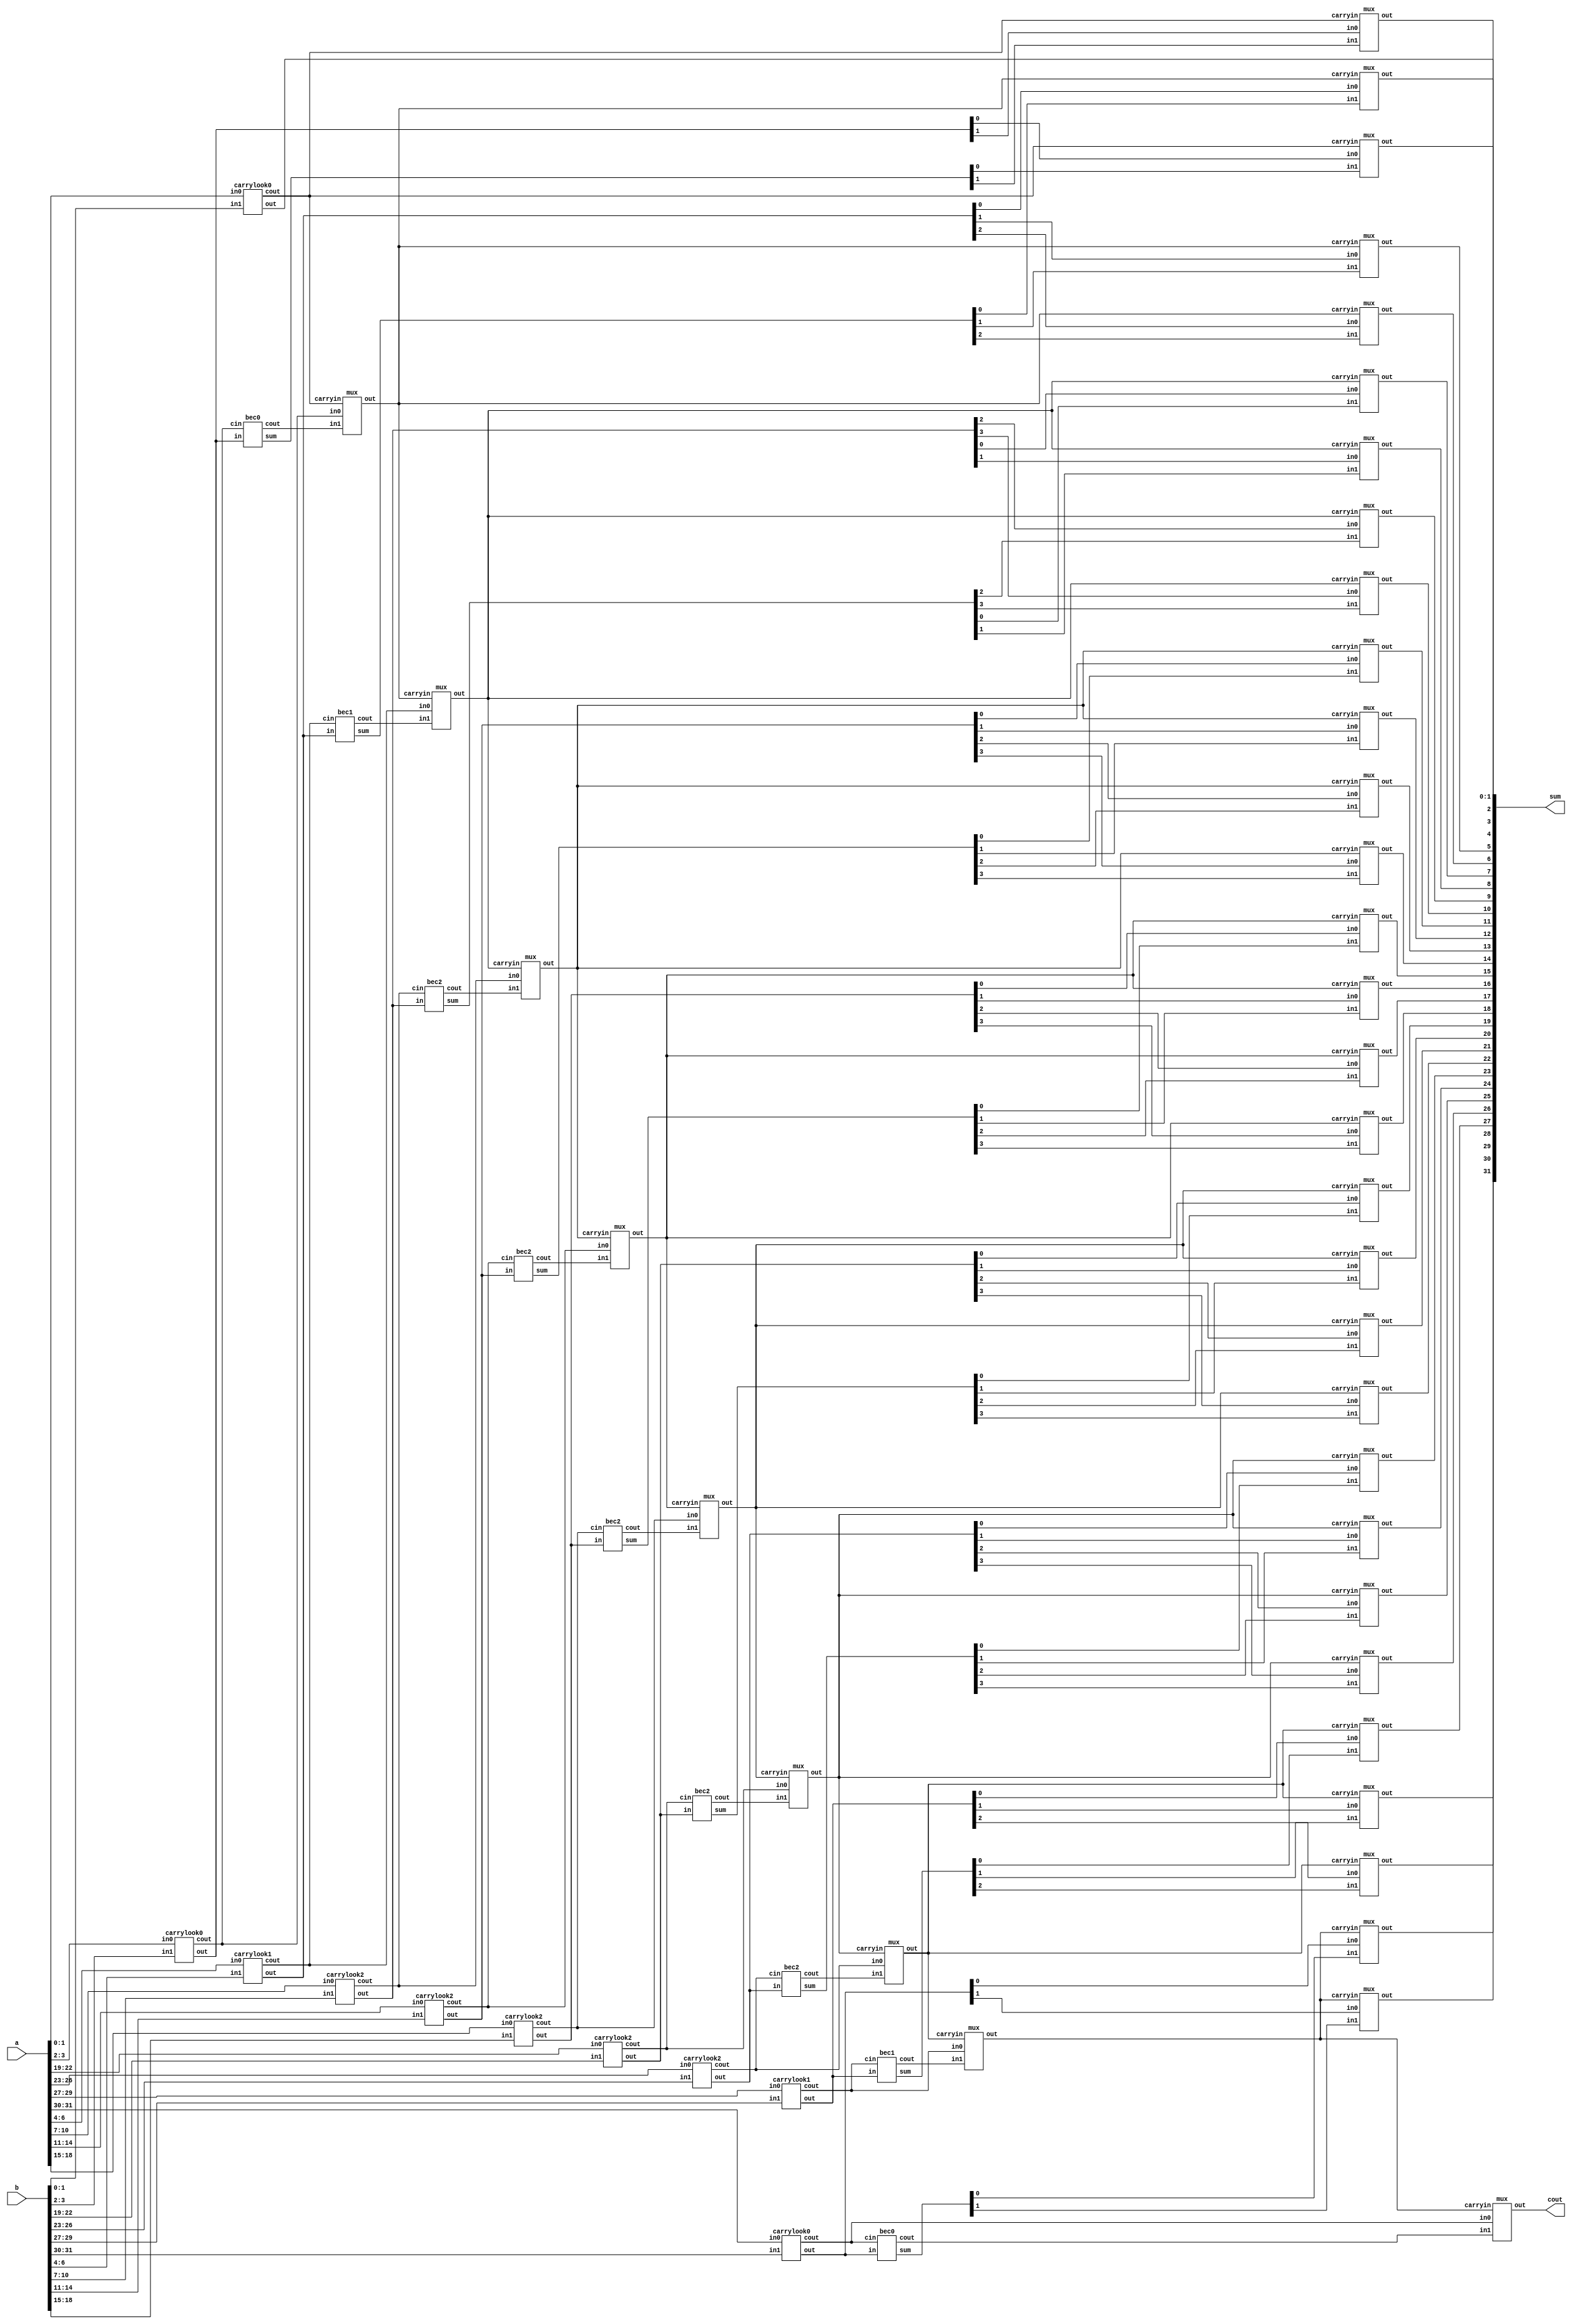

module bitmodifiedcarrylookgatelevel(a,b,sum,cout);
    input [31:0]a;
    input [31:0]b;
    output [31:0]sum;
    output cout;
    wire [9:0]c1;
	wire [9:0]c0;
	wire cin;
	wire [8:0]c;
	wire [31:0]sum0;
	wire [31:0]sum1;
    carrylook0 ra0(a[1:0],b[1:0],sum[1:0],cin);
    carrylook0 ra1(a[3:2],b[3:2],sum0[3:2],c0[0]);
    bec0 ra2(sum0[3:2],c0[0],sum1[3:2],c1[0]);
    mux m1(sum0[2],sum1[2],cin,sum[2]);
	mux m2(sum0[3],sum1[3],cin,sum[3]);
	mux m3(c0[0],c1[0],cin,c[0]);
    carrylook1 ra3(a[6:4],b[6:4],sum0[6:4],c0[1]);
    bec1 ra4(sum0[6:4],c0[1],sum1[6:4],c1[1]);
	mux m4(sum0[4],sum1[4],c[0],sum[4]);
	mux m5(sum0[5],sum1[5],c[0],sum[5]);
	mux m6(sum0[6],sum1[6],c[0],sum[6]);
	mux m7(c0[1],c1[1],c[0],c[1]);
    carrylook2 ra5(a[10:7],b[10:7],sum0[10:7],c0[2]);
    bec2 ra6(sum0[10:7],c0[2],sum1[10:7],c1[2]);
	mux m8(sum0[7],sum1[7],c[1],sum[7]);
	mux m9(sum0[8],sum1[8],c[1],sum[8]);
	mux m10(sum0[9],sum1[9],c[1],sum[9]);
	mux m11(sum0[10],sum1[10],c[1],sum[10]);
	mux m12(c0[2],c1[2],c[1],c[2]);
    carrylook2 ra7(a[14:11],b[14:11],sum0[14:11],c0[3]);
    bec2 ra8(sum0[14:11],c0[3],sum1[14:11],c1[3]);
	mux m13(sum0[11],sum1[11],c[2],sum[11]);
	mux m14(sum0[12],sum1[12],c[2],sum[12]);
	mux m15(sum0[13],sum1[13],c[2],sum[13]);
	mux m16(sum0[14],sum1[14],c[2],sum[14]);
	mux m17(c0[3],c1[3],c[2],c[3]);
    carrylook2 ra9(a[18:15],b[18:15],sum0[18:15],c0[4]);
    bec2 ra10(sum0[18:15],c0[4],sum1[18:15],c1[4]);
	mux m18(sum0[15],sum1[15],c[3],sum[15]);
	mux m19(sum0[16],sum1[16],c[3],sum[16]);
	mux m20(sum0[17],sum1[17],c[3],sum[17]);
	mux m21(sum0[18],sum1[18],c[3],sum[18]);
	mux m22(c0[4],c1[4],c[3],c[4]);
    carrylook2 ra13(a[22:19],b[22:19],sum0[22:19],c0[5]);
    bec2 ra14(sum0[22:19],c0[5],sum1[22:19],c1[5]);
	mux m23(sum0[19],sum1[19],c[4],sum[19]);
	mux m24(sum0[20],sum1[20],c[4],sum[20]);
	mux m25(sum0[21],sum1[21],c[4],sum[21]);
	mux m26(sum0[22],sum1[22],c[4],sum[22]);
	mux m27(c0[5],c1[5],c[4],c[5]);
    carrylook2 ra17(a[26:23],b[26:23],sum0[26:23],c0[6]);
    bec2 ra18(sum0[26:23],c0[6],sum1[26:23],c1[6]);
	mux m28(sum0[23],sum1[23],c[5],sum[23]);
	mux m29(sum0[24],sum1[24],c[5],sum[24]);
	mux m30(sum0[25],sum1[25],c[5],sum[25]);
	mux m31(sum0[26],sum1[26],c[5],sum[26]);
	mux m32(c0[6],c1[6],c[5],c[6]);
    carrylook1 ra19(a[29:27],b[29:27],sum0[29:27],c0[7]);
    bec1 ra20(sum0[29:27],c0[7],sum1[29:27],c1[7]);
	mux m34(sum0[27],sum1[27],c[6],sum[27]);
	mux m35(sum0[28],sum1[28],c[6],sum[28]);
	mux m36(sum0[29],sum1[29],c[6],sum[29]);
	mux m37(c0[7],c1[7],c[6],c[7]);
    carrylook0 ra21(a[31:30],b[31:30],sum0[31:30],c0[8]);
    bec0 ra22(sum0[31:30],c0[8],sum1[31:30],c1[8]);
    mux m38(sum0[30],sum1[30],c[7],sum[30]);
	mux m39(sum0[31],sum1[31],c[7],sum[31]);
	mux m40(c0[8],c1[8],c[7],cout);
endmodule

    

module bec2(in,cin,sum,cout);
    input [3:0]in;
    input cin;
    output [3:0]sum;
    output cout;
    wire [4:0]in1;
    wire w1,w2,w3;
    assign in1[0] = in[0];
    assign in1[1] = in[1];
    assign in1[2] = in[2];
    assign in1[3] = in[3];
    assign in1[4] = cin;
    not n1(sum[0],in1[0]);
    xor x1(sum[1],in1[0],in1[1]);
    and a1(w1,in1[0],in1[1]);
    xor x2(sum[2],in1[2],w1);
    and a2(w2,w1,in1[2]);
    xor x3(sum[3],in1[3],w2);
    and a3(w3,w2,in1[3]);
    xor x4(cout,w3,in1[4]);
endmodule


module carrylook2(in0, in1, out, cout);
	input [3:0] in0;
	input [3:0] in1;
	output [3:0] out;
	output cout;
    wire [3:0]G;
    wire [3:0]P;
    wire [3:0]C;
    wire w1,w2,w3,w4,w5,w6,w7,w8,w9,w10,w11,w12,w13,w14,w15,w16;
    and a1(G[0],in0[0],in1[0]);
    and a2(G[1],in0[1],in1[1]);
    and as(G[2],in0[2],in1[2]);
    and as1(G[3],in0[3],in1[3]);
    xor x1(P[0],in0[0],in1[0]);
    xor x2(P[1],in0[1],in1[1]);
    xor x3(P[2],in0[2],in1[2]);
    xor x8(P[3],in0[3],in1[3]);
    assign C[0] = 1'b0;
    and a3(w1,P[0],C[0]);
    or o1(C[1],G[0],w1);
    and a4(w2,w1,P[1]);
    and a5(w3,P[1],G[0]);
    or o2(w4,w2,w3);
    or o3(C[2],G[1],w4);
    and a6(w5,P[2],w2);
    and a7(w6,w3,P[2]);
    and a8(w7,P[2],G[1]);
    or o4(w8,w5,w6);
    or o5(w9,w7,w8);
    or o6(C[3],G[2],w9);
    and a9(w10,w5,P[3]);
    and a10(w11,w6,P[3]);
    and a11(w12,w7,P[3]);
    and a12(w13,P[3],G[2]);
    or o7(w14,G[3],w13);
    or o8(w15,w14,w12);
    or o9(w16,w15,w11);
    or o10(cout,w16,w10);
    xor x4(out[0],P[0],C[0]);
    xor x5(out[1],P[1],C[1]);
    xor x6(out[2],P[2],C[2]);
    xor x7(out[3],P[3],C[3]);
endmodule

module bec1(in,cin,sum,cout);
    input [2:0]in;
    input cin;
    output [2:0]sum;
    output cout;
    wire [3:0]in1;
    wire w1,w2;
    assign in1[0] = in[0];
    assign in1[1] = in[1];
    assign in1[2] = in[2];
    assign in1[3] = cin;
    not n1(sum[0],in1[0]);
    xor x1(sum[1],in1[0],in1[1]);
    and a1(w1,in1[0],in1[1]);
    xor x2(sum[2],in1[2],w1);
    and a2(w2,w1,in1[2]);
    xor x3(cout,in1[3],w2);
endmodule


module carrylook1(in0, in1, out, cout);
	input [2:0] in0;
	input [2:0] in1;
	output [2:0] out;
	output cout;
    wire [2:0]G;
    wire [2:0]P;
    wire [2:0]C;
    wire w1,w2,w3,w4,w5,w6,w7,w8,w9;
    and a1(G[0],in0[0],in1[0]);
    and a2(G[1],in0[1],in1[1]);
    and as(G[2],in0[2],in1[2]);
    xor x1(P[0],in0[0],in1[0]);
    xor x2(P[1],in0[1],in1[1]);
    xor x3(P[2],in0[2],in1[2]);
    assign C[0] = 1'b0;
    and a3(w1,P[0],C[0]);
    or o1(C[1],G[0],w1);
    and a4(w2,w1,P[1]);
    and a5(w3,P[1],G[0]);
    or o2(w4,w2,w3);
    or o3(C[2],G[1],w4);
    and a6(w5,P[2],w2);
    and a7(w6,w3,P[2]);
    and a8(w7,P[2],G[1]);
    or o4(w8,w5,w6);
    or o5(w9,w7,w8);
    or o6(cout,G[2],w9);
    xor x5(out[0],P[0],C[0]);
    xor x6(out[1],P[1],C[1]);
    xor x7(out[2],P[2],C[2]);
endmodule

module bec0(in,cin,sum,cout);
    input [1:0]in;
    input cin;
    output [1:0]sum;
    output cout;
    wire [2:0]in1;
    wire w1;
    assign in1[0] = in[0];
    assign in1[1] = in[1];
    assign in1[2] = cin;
    not n1(sum[0],in1[0]);
    xor x1(sum[1],in1[0],in1[1]);
    and a1(w1,in1[0],in1[1]);
    xor x2(cout,in1[2],w1);
endmodule

module carrylook0(in0, in1, out, cout);
	input [1:0] in0;
	input [1:0] in1;
	output [1:0] out;
	output cout;
    wire [1:0]G;
    wire [1:0]P;
    wire [1:0]C;
    wire w1,w2,w3,w4;
    and a1(G[0],in0[0],in1[0]);
    and a2(G[1],in0[1],in1[1]);
    xor x1(P[0],in0[0],in1[0]);
    xor x2(P[1],in0[1],in1[1]);
    assign C[0] = 1'b0;
    and a3(w1,P[0],C[0]);
    or o1(C[1],G[0],w1);
    and a4(w2,w1,P[1]);
    and a5(w3,P[1],G[0]);
    or o2(w4,w2,w3);
    or o3(cout,G[1],w4);
    xor x3(out[0],P[0],C[0]);
    xor x4(out[1],P[1],C[1]);
endmodule

module mux(in0,in1,carryin,out);
	output out;
	input in0,in1,carryin;
	wire w1,w2,w3;
	not no1(w1,carryin);
	and a0(w2,in0,w1);
	and a1(w3,in1,carryin);
	or o1(out,w2,w3);
endmodule